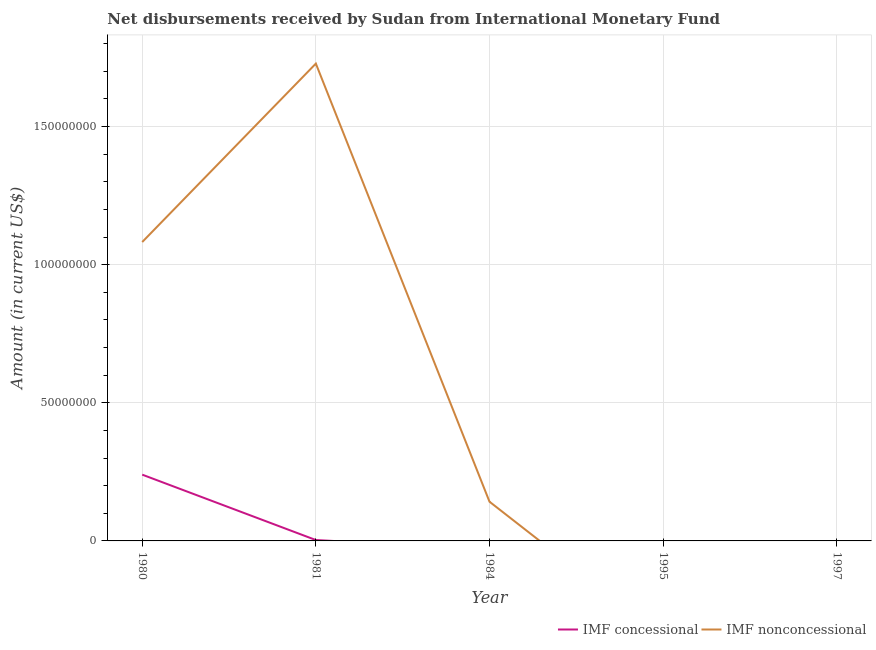
| Year | IMF concessional | IMF nonconcessional |
 | --- | --- | --- |
 | 1980 | 2.4e+07 | 1.08e+08 |
 | 1981 | 3.2e+05 | 1.73e+08 |
 | 1984 | -3.06e+06 | 1.42e+07 |
 | 1995 | -4.53e+06 | -3.48e+07 |
 | 1997 | -7.11e+06 | -3.5e+07 |